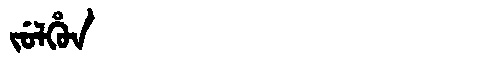
Manchu: ᠵᡠᠯᡥᡠᠨ
Romanization: JULHUN